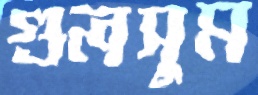
গুলসুম